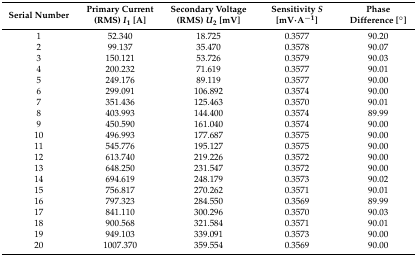
| Serial Number | Primary Current (RMS) I1 [A] | Secondary Voltage (RMS) U2 [mV] | Sensitivity S [mV·A−1] | Phase Difference [°] |
 | --- | --- | --- | --- | --- |
 | 1 | 52.340 | 18.725 | 0.3577 | 90.20 |
 | 2 | 99.137 | 35.470 | 0.3578 | 90.07 |
 | 3 | 150.121 | 53.726 | 0.3579 | 90.03 |
 | 4 | 200.232 | 71.619 | 0.3577 | 90.01 |
 | 5 | 249.176 | 89.119 | 0.3577 | 90.00 |
 | 6 | 299.091 | 106.892 | 0.3574 | 90.00 |
 | 7 | 351.436 | 125.463 | 0.3570 | 90.01 |
 | 8 | 403.993 | 144.400 | 0.3574 | 89.99 |
 | 9 | 450.590 | 161.040 | 0.3574 | 90.00 |
 | 10 | 496.993 | 177.687 | 0.3575 | 90.00 |
 | 11 | 545.776 | 195.127 | 0.3575 | 90.00 |
 | 12 | 613.740 | 219.226 | 0.3572 | 90.00 |
 | 13 | 648.250 | 231.547 | 0.3572 | 90.00 |
 | 14 | 694.619 | 248.179 | 0.3573 | 90.02 |
 | 15 | 756.817 | 270.262 | 0.3571 | 90.01 |
 | 16 | 797.323 | 284.550 | 0.3569 | 89.99 |
 | 17 | 841.110 | 300.296 | 0.3570 | 90.03 |
 | 18 | 900.568 | 321.584 | 0.3571 | 90.01 |
 | 19 | 949.103 | 339.091 | 0.3573 | 90.00 |
 | 20 | 1007.370 | 359.554 | 0.3569 | 90.00 |